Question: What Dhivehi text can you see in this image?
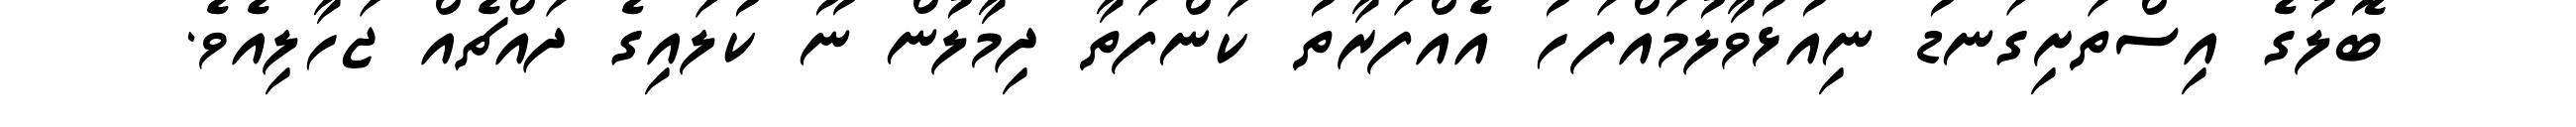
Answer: ބޮލުގެ އިސްތަށިގަނޑު ނިއުޅުވާލުމައްފަހު އެއްފަރާތު ކަންފަތާ ދިމާލުން ނޫ ކުލައިގެ ދައްޗެއް ޖަހާލިއެވެ.